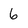
Character: 6